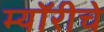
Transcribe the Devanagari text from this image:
म्यॉरीचे